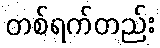
တစ်ရက်တည်း